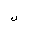
Letter: _lam